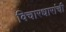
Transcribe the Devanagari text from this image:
विचारधारांची